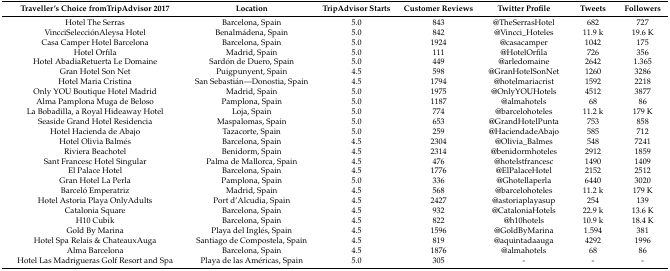
<table><thead><tr><td><b>Traveller’s Choice fromTripAdvisor 2017</b></td><td><b>Location</b></td><td><b>TripAdvisor Starts</b></td><td><b>Customer Reviews</b></td><td><b>Twitter Profile</b></td><td><b>Tweets</b></td><td><b>Followers</b></td></tr></thead><tbody><tr><td>Hotel The Serras</td><td>Barcelona, Spain</td><td>5.0</td><td>843</td><td>@TheSerrasHotel</td><td>682</td><td>727</td></tr><tr><td>VincciSelecciónAleysa Hotel </td><td>Benalmádena, Spain</td><td>5.0</td><td>842</td><td>@Vincci_Hoteles</td><td>11.9 k</td><td>19.6 K</td></tr><tr><td>Casa Camper Hotel Barcelona</td><td>Barcelona, Spain</td><td>5.0</td><td>1924</td><td>@casacamper</td><td>1042</td><td>175</td></tr><tr><td>Hotel Orfila</td><td>Madrid, Spain</td><td>5.0</td><td>111</td><td>@HotelOrfila</td><td>726</td><td>356</td></tr><tr><td>Hotel AbadiaRetuerta Le Domaine</td><td>Sardón de Duero, Spain</td><td>5.0</td><td>449</td><td>@arledomaine</td><td>2642</td><td>1.365</td></tr><tr><td>Gran Hotel Son Net</td><td>Puigpunyent, Spain</td><td>4.5</td><td>598</td><td>@GranHotelSonNet</td><td>1260</td><td>3286</td></tr><tr><td>Hotel Maria Cristina</td><td>San Sebastián—Donostia, Spain</td><td>4.5</td><td>1794</td><td>@hotelmariacrist</td><td>1592</td><td>2218</td></tr><tr><td>Only YOU Boutique Hotel Madrid</td><td>Madrid, Spain</td><td>5.0</td><td>1975</td><td>@OnlyYOUHotels</td><td>4512</td><td>3877</td></tr><tr><td>Alma Pamplona Muga de Beloso</td><td>Pamplona, Spain</td><td>5.0</td><td>1187</td><td>@almahotels</td><td>68</td><td>86</td></tr><tr><td>La Bobadilla, a Royal Hideaway Hotel</td><td>Loja, Spain</td><td>5.0</td><td>774</td><td>@barcelohoteles</td><td>11.2 k</td><td>179 K</td></tr><tr><td>Seaside Grand Hotel Residencia</td><td>Maspalomas, Spain</td><td>5.0</td><td>653</td><td>@GrandHotelPunta</td><td>753</td><td>858</td></tr><tr><td>Hotel Hacienda de Abajo</td><td>Tazacorte, Spain</td><td>5.0</td><td>259</td><td>@HaciendadeAbajo</td><td>585</td><td>712</td></tr><tr><td>Hotel Olivia Balmés</td><td>Barcelona, Spain</td><td>4.5</td><td>2304</td><td>@Olivia_Balmes</td><td>548</td><td>7241</td></tr><tr><td>Riviera Beachotel</td><td>Benidorm, Spain</td><td>4.5</td><td>2314</td><td>@benidormhoteles</td><td>2912</td><td>1859</td></tr><tr><td>Sant Francesc Hotel Singular</td><td>Palma de Mallorca, Spain</td><td>4.5</td><td>476</td><td>@hotelstfrancesc</td><td>1490</td><td>1409</td></tr><tr><td>El Palace Hotel</td><td>Barcelona, Spain</td><td>4.5</td><td>1776</td><td>@ElPalaceHotel</td><td>2152</td><td>2512</td></tr><tr><td>Gran Hotel La Perla</td><td>Pamplona, Spain</td><td>5.0</td><td>336</td><td>@Ghotellaperla</td><td>6440</td><td>3020</td></tr><tr><td>Barceló Emperatriz</td><td>Madrid, Spain</td><td>4.5</td><td>568</td><td>@barcelohoteles</td><td>11.2 k</td><td>179 K</td></tr><tr><td>Hotel Astoria Playa OnlyAdults</td><td>Port d’Alcudia, Spain</td><td>4.5</td><td>2427</td><td>@astoriaplayasup</td><td>254</td><td>139</td></tr><tr><td>Catalonia Square</td><td>Barcelona, Spain</td><td>4.5</td><td>932</td><td>@CataloniaHotels</td><td>22.9 k</td><td>13.6 K</td></tr><tr><td>H10 Cubik</td><td>Barcelona, Spain</td><td>4.5</td><td>822</td><td>@h10hotels</td><td>10.9 k</td><td>18.4 K</td></tr><tr><td>Gold By Marina</td><td>Playa del Inglés, Spain</td><td>4.5</td><td>1596</td><td>@GoldByMarina</td><td>1.594</td><td>381</td></tr><tr><td>Hotel Spa Relais &amp; ChateauxAuga</td><td>Santiago de Compostela, Spain</td><td>4.5</td><td>819</td><td>@aquintadaauga</td><td>4292</td><td>1996</td></tr><tr><td>Alma Barcelona</td><td>Barcelona, Spain</td><td>4.5</td><td>1876</td><td>@almahotels</td><td>68</td><td>86</td></tr><tr><td>Hotel Las Madrigueras Golf Resort and Spa</td><td>Playa de las Américas, Spain</td><td>5.0</td><td>305</td><td>-</td><td>-</td><td>-</td></tr></tbody></table>